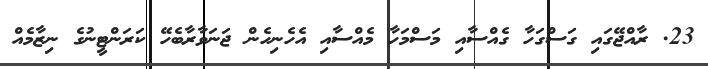
23. ރާއްޖޭގައި ގަސްގަހާ ގެއްސާއި މަސްމަހާ މެއްސާއި އެހެނިހެން ޖަނަވާރާބެހޭ ކަރަންޓީނުގެ ނިޒާމެއް